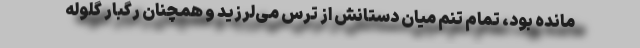
مانده بود، تمام تنم میان دستانش از ترس می‌لرزید و همچنان رگبار گلوله